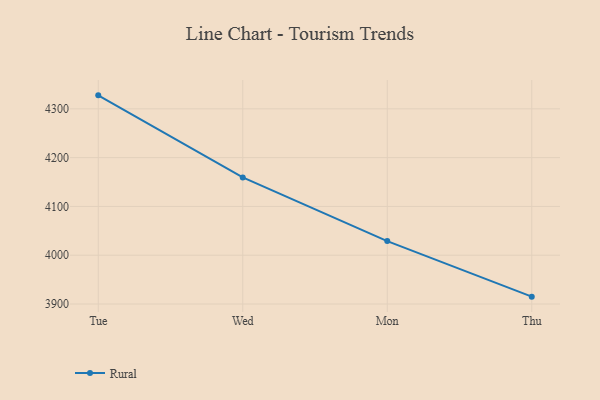
{"axis": {"x": "Day", "y": "Inventory Turnover"}, "legend": ["Rural"], "data": [{"x": "Tue", "y": 4327.6, "type": "Rural"}, {"x": "Wed", "y": 4159.3, "type": "Rural"}, {"x": "Mon", "y": 4029.0, "type": "Rural"}, {"x": "Thu", "y": 3915.1, "type": "Rural"}]}